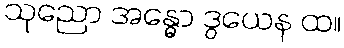
သုညော အန္ဓော ဒွယေန ထ။